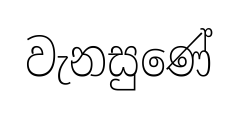
වැනසුණේ